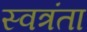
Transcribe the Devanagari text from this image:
स्वत्रंता